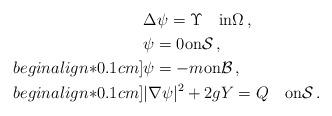
LaTeX: \begin{align*}& \Delta\psi=\Upsilon\quad\hbox{in}\Omega\,,\\& \psi=0\hbox{on}{\mathcal S}\,,\\begin{align*}0.1cm]& \psi=-m\hbox{on}{\mathcal B}\,,\\begin{align*}0.1cm]& \vert\nabla\psi\vert^{2}+2gY=Q \quad\hbox{on}{\mathcal S}\,.\end{align*}